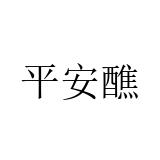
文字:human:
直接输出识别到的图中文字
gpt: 平安醮